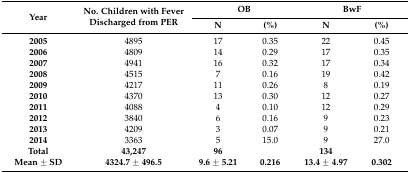
| <ROWSPAN=2> Year | <ROWSPAN=2> No. Children with Fever Discharged from PER | <COLSPAN=2> OB | <COLSPAN=2> BwF |
 | N | (%) | N | (%) |
 | --- | --- | --- | --- | --- | --- |
 | 2005 | 4895 | 17 | 0.35 | 22 | 0.45 |
 | 2006 | 4809 | 14 | 0.29 | 17 | 0.35 |
 | 2007 | 4941 | 16 | 0.32 | 17 | 0.34 |
 | 2008 | 4515 | 7 | 0.16 | 19 | 0.42 |
 | 2009 | 4217 | 11 | 0.26 | 8 | 0.19 |
 | 2010 | 4370 | 13 | 0.30 | 12 | 0.27 |
 | 2011 | 4088 | 4 | 0.10 | 12 | 0.29 |
 | 2012 | 3840 | 6 | 0.16 | 9 | 0.23 |
 | 2013 | 4209 | 3 | 0.07 | 9 | 0.21 |
 | 2014 | 3363 | 5 | 15.0 | 9 | 27.0 |
 | Total | 43,247 | 96 |  | 134 |  |
 | Mean ± SD | 4324.7 ± 496.5 | 9.6 ± 5.21 | 0.216 | 13.4 ± 4.97 | 0.302 |